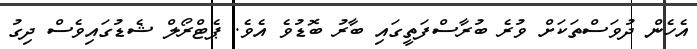
އެހެން ދުވަސްތަކަށް ވުރެ ބުރާސްފަތީގައި ބާރު ބޮޑުވެ އެވެ. ޕެޓްރޯލް ޝެޑުގައިވެސް ދިގު